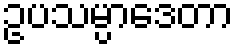
ဥပသမ္ပာဒေတာ